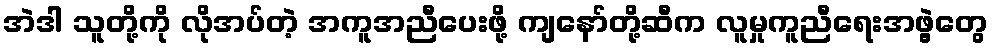
အဲဒါ သူတို့ကို လိုအပ်တဲ့ အကူအညီပေးဖို့ ကျနော်တို့ဆီက လူမှုကူညီရေးအဖွဲ့တွေ